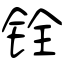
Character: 铨